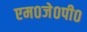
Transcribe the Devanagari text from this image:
एम०जे०पी०